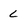
Character: L